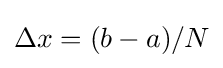
\Delta x=(b-a)/N